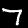
Label: 7